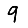
Digit: 9